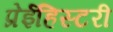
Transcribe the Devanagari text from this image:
प्रेईहिस्टरी